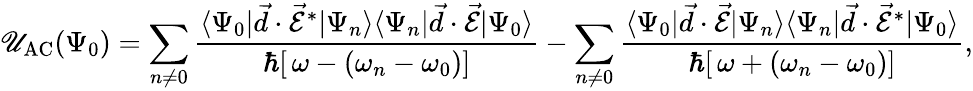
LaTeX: \mathscr{U}_{\mathrm{{{AC}}}}(\Psi_{0})=\sum_{n\neq0}\frac{{\langle\Psi_{0}|\vec{{d}}\cdot\vec{{\mathcal{{E}}}}^{*}|\Psi_{n}\rangle\langle\Psi_{n}|\vec{{d}}\cdot\vec{{\mathcal{{E}}}}|\Psi_{0}\rangle}}{{\hbar[\, \omega-(\omega_{n}-\omega_{0})]}}-\sum_{n\neq0}\frac{{\langle\Psi_{0}|\vec{{d}}\cdot\vec{{\mathcal{{E}}}}|\Psi_{n}\rangle\langle\Psi_{n}|\vec{{d}}\cdot\vec{{\mathcal{{E}}}}^{*}|\Psi_{0}\rangle}}{{\hbar[\, \omega+(\omega_{n}-\omega_{0})]}},